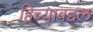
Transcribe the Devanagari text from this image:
हिच्याबद्दल